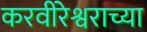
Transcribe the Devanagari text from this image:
करवीरेश्वराच्या